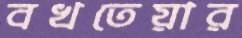
বখতেয়ার